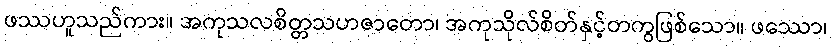
ဖဿဟူသည်ကား။ အကုသလစိတ္တသဟဇာတော၊ အကုသိုလ်စိတ်နှင့်တကွဖြစ်သော။ ဖဿော၊